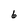
Character: 6